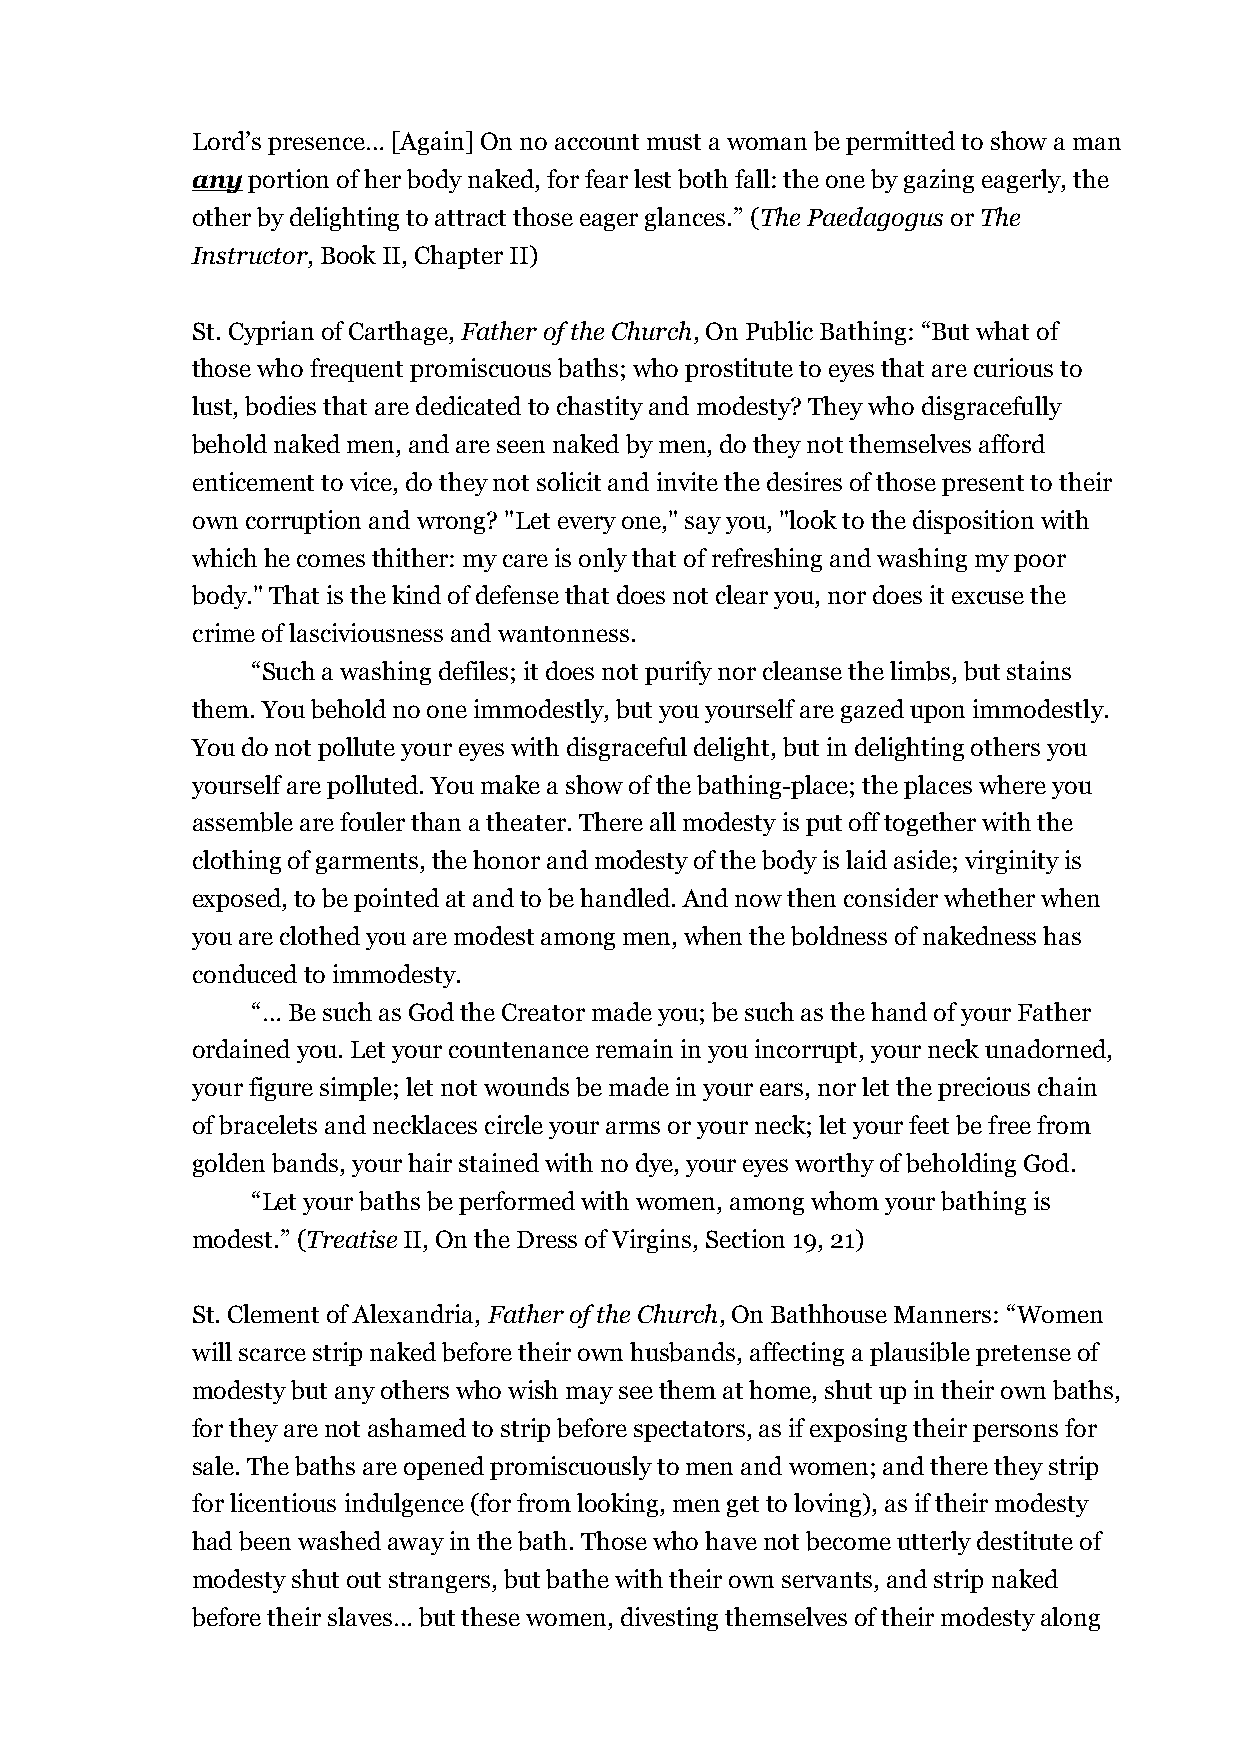
Lord’s presence… [Again] On no account must a woman be permitted to show a man
 any portion of her body naked, for fear lest both fall: the one by gazing eagerly, the
 other by delighting to attract those eager glances.” (The Paedagogus or The
 Instructor, Book II, Chapter II)
 St. Cyprian of Carthage, Father of the Church, On Public Bathing: “But what of
 those who frequent promiscuous baths; who prostitute to eyes that are curious to
 lust, bodies that are dedicated to chastity and modesty? They who disgracefully
 behold naked men, and are seen naked by men, do they not themselves afford
 enticement to vice, do they not solicit and invite the desires of those present to their
 own corruption and wrong? "Let every one," say you, "look to the disposition with
 which he comes thither: my care is only that of refreshing and washing my poor
 body." That is the kind of defense that does not clear you, nor does it excuse the
 crime of lasciviousness and wantonness.
 “Such a washing defiles; it does not purify nor cleanse the limbs, but stains
 them. You behold no one immodestly, but you yourself are gazed upon immodestly.
 You do not pollute your eyes with disgraceful delight, but in delighting others you
 yourself are polluted. You make a show of the bathing-place; the places where you
 assemble are fouler than a theater. There all modesty is put off together with the
 clothing of garments, the honor and modesty of the body is laid aside; virginity is
 exposed, to be pointed at and to be handled. And now then consider whether when
 you are clothed you are modest among men, when the boldness of nakedness has
 conduced to immodesty.
 “… Be such as God the Creator made you; be such as the hand of your Father
 ordained you. Let your countenance remain in you incorrupt, your neck unadorned,
 your figure simple; let not wounds be made in your ears, nor let the precious chain
 of bracelets and necklaces circle your arms or your neck; let your feet be free from
 golden bands, your hair stained with no dye, your eyes worthy of beholding God.
 “Let your baths be performed with women, among whom your bathing is
 modest.” (Treatise II, On the Dress of Virgins, Section 19, 21)
 St. Clement of Alexandria, Father of the Church, On Bathhouse Manners: “Women
 will scarce strip naked before their own husbands, affecting a plausible pretense of
 modesty but any others who wish may see them at home, shut up in their own baths,
 for they are not ashamed to strip before spectators, as if exposing their persons for
 sale. The baths are opened promiscuously to men and women; and there they strip
 for licentious indulgence (for from looking, men get to loving), as if their modesty
 had been washed away in the bath. Those who have not become utterly destitute of
 modesty shut out strangers, but bathe with their own servants, and strip naked
 before their slaves… but these women, divesting themselves of their modesty along